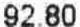
92.80